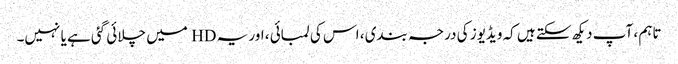
تاہم ، آپ دیکھ سکتے ہیں کہ ویڈیوز کی درجہ بندی ، اس کی لمبائی ، اور یہ HD میں چلائی گئی ہے یا نہیں۔